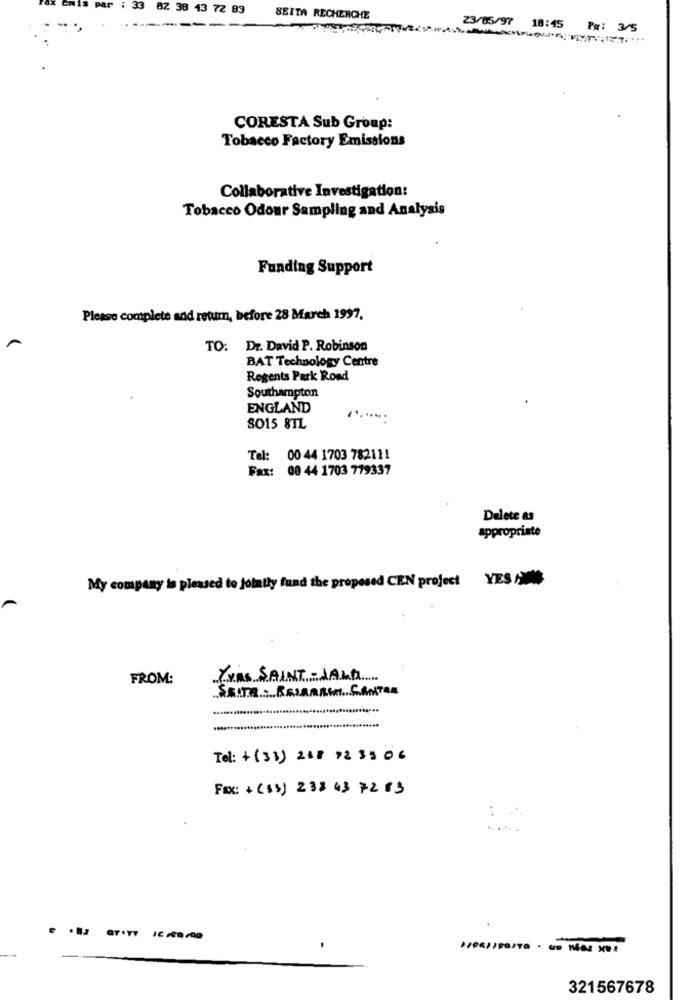
82 38 43 72 83
SEITA RECHERCHE
23/05/97 18:45 Pm: 3/5
CORESTA Sub Group:
Tobacco Factory Emissions
Collaborative Investigation:
Tobacco Odour Sampling and Analysis
Funding Support
Please complete and retum, before 28 March 1997,
TO: Dr. David P. Robinson
BAT Technology Centre
Regents Park Road
Southampton
ENGLAND
SO15 8TL
Tel: 00 44 1703 782111
Fax: 00 44 1703 779337
Delete as
appropriate
My company is pleased to jointly fund the proposed CEN project YES /MMS
FROM:
YHAS SAINT-JAKA
SEITE . BEIRARCI SANTER
Tel: +(33) 218 72 35 06
Fax: +(53) 238 43 72 83
321567678